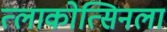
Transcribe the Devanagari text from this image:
त्लाकोत्सिनला